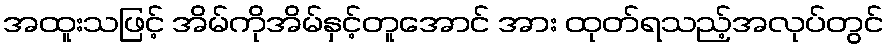
အထူးသဖြင့် အိမ်ကိုအိမ်နှင့်တူအောင် အား ထုတ်ရသည့်အလုပ်တွင်